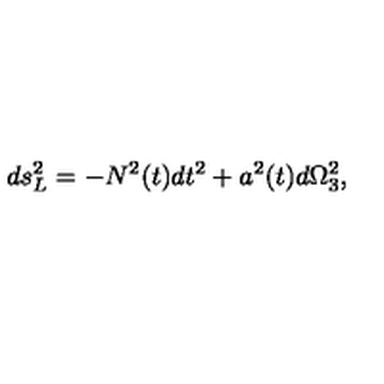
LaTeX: d s _ { L } ^ { 2 } = - N ^ { 2 } ( t ) d t ^ { 2 } + a ^ { 2 } ( t ) d \Omega _ { 3 } ^ { 2 } ,